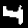
Label: 4